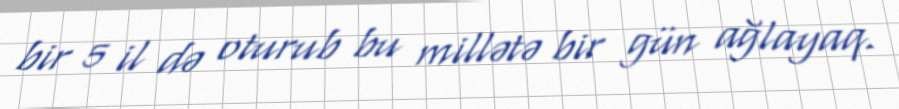
bir 5 il də oturub bu millətə bir gün ağlayaq.